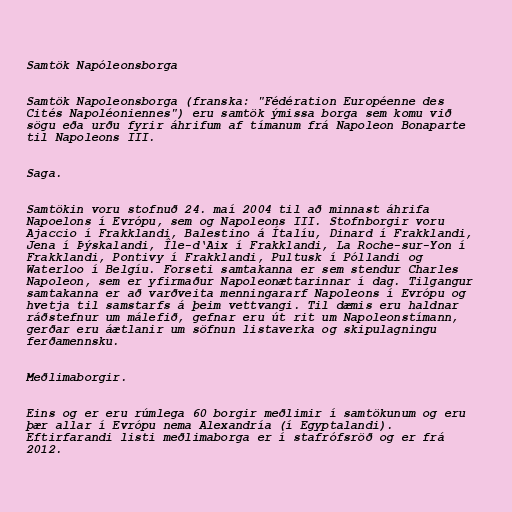
Samtök Napóleonsborga

Samtök Napoleonsborga (franska: "Fédération Européenne des
Cités Napoléoniennes") eru samtök ýmissa borga sem komu við
sögu eða urðu fyrir áhrifum af tímanum frá Napoleon Bonaparte
til Napoleons III.

Saga.

Samtökin voru stofnuð 24. maí 2004 til að minnast áhrifa
Napoelons í Evrópu, sem og Napoleons III. Stofnborgir voru
Ajaccio í Frakklandi, Balestino á Ítalíu, Dinard í Frakklandi,
Jena í Þýskalandi, Île-d‘Aix í Frakklandi, La Roche-sur-Yon í
Frakklandi, Pontivy í Frakklandi, Pultusk í Póllandi og
Waterloo í Belgíu. Forseti samtakanna er sem stendur Charles
Napoleon, sem er yfirmaður Napoleonættarinnar í dag. Tilgangur
samtakanna er að varðveita menningararf Napoleons í Evrópu og
hvetja til samstarfs á þeim vettvangi. Til dæmis eru haldnar
ráðstefnur um málefið, gefnar eru út rit um Napoleonstímann,
gerðar eru áætlanir um söfnun listaverka og skipulagningu
ferðamennsku.

Meðlimaborgir.

Eins og er eru rúmlega 60 borgir meðlimir í samtökunum og eru
þær allar í Evrópu nema Alexandría (í Egyptalandi).
Eftirfarandi listi meðlimaborga er í stafrófsröð og er frá
2012.